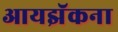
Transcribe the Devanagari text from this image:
आयझॅकना